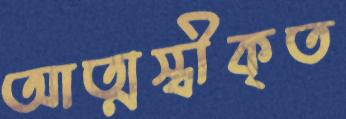
আত্মস্বীকৃত